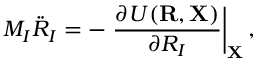
{ \displaystyle M _ { I } { \ddot { R } } _ { I } = - \left. \frac { \partial { \cal U } ( { \bf R } , { \bf X } ) } { \partial R _ { I } } \right\vert _ { \bf X } , }